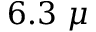
6 . 3 ~ \mu